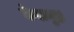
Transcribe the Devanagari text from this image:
केशमुद्रा